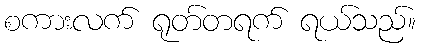
စကားလက် ရုတ်တရက် ရယ်သည်။